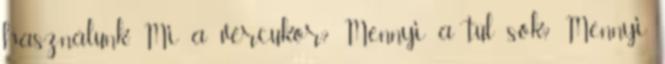
használunk. Mi a vércukor? Mennyi a túl sok? Mennyi